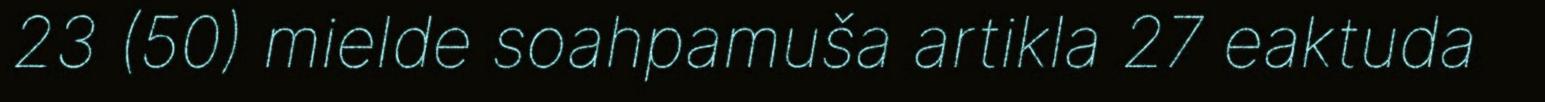
23 (50) mielde soahpamuša artikla 27 eaktuda